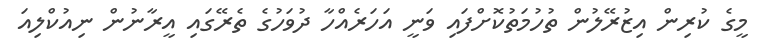
މީގެ ކުރިން އިޒުރޭލުން ތުހުމަތުކޮށްފައި ވަނީ އަހަރެއްހާ ދުވަހުގެ ތެރޭގައި އީރާނުން ނިއުކްލިއަ